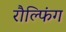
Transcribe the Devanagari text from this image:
रौल्फिंग